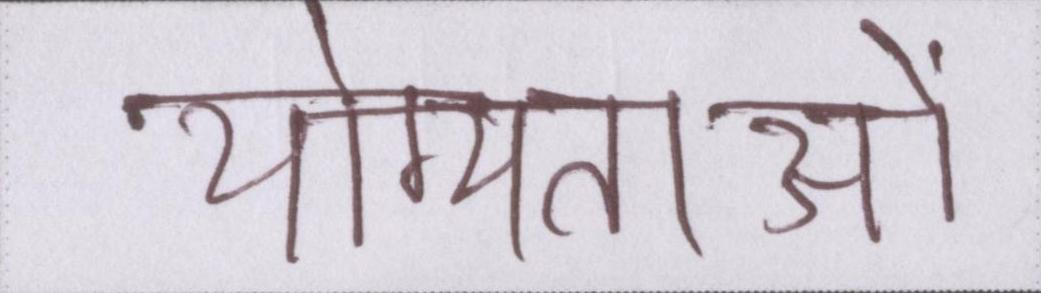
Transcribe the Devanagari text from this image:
योग्यताओं